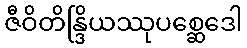
ဇီဝိတိန္ဒြိယဿုပစ္ဆေဒေါ